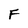
Character: F